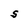
Character: S